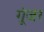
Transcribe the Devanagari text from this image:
गूंजर